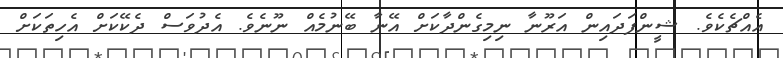
އެއްޗެކެވެ. ޝީންފަދައިން އަރޫނާ ނިމިގެންދާކަށް އޭނާ ބޭނުމެއް ނޫނެވެ. އެދުވަސް ދެކޭކަށް އެހިތަކަށް